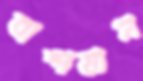
বাষ্পযান